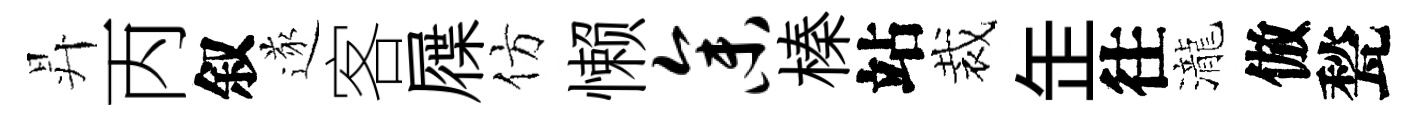
昇丙叙遂客屧仿懒参榛站裁𦈢往瀧倣甃